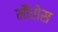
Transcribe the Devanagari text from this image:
मौरोस